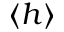
\langle h \rangle